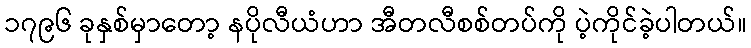
၁၇၉၆ ခုနှစ်မှာတော့ နပိုလီယံဟာ အီတလီစစ်တပ်ကို ပဲ့ကိုင်ခဲ့ပါတယ်။